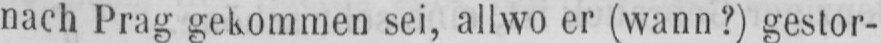
nach Prag gekommen sei, allwo er (wann?) gestor-